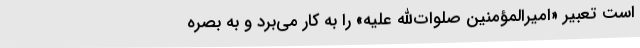
است تعبیر «امیرالمؤمنین صلوات‌الله علیه» را به کار می‌برد و به بصره